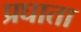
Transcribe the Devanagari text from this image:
प्रघाता